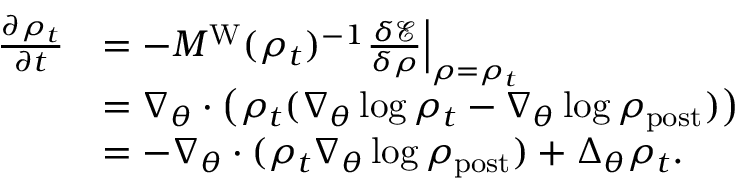
\begin{array} { r l } { \frac { \partial \rho _ { t } } { \partial t } } & { = - M ^ { \mathrm { W } } ( \rho _ { t } ) ^ { - 1 } \frac { \delta \mathcal { E } } { \delta \rho } \Bigr | _ { \rho = \rho _ { t } } } \\ & { = \nabla _ { \theta } \cdot \big ( \rho _ { t } ( \nabla _ { \theta } \log \rho _ { t } - \nabla _ { \theta } \log \rho _ { \mathrm { p o s t } } ) \big ) } \\ & { = - \nabla _ { \theta } \cdot ( \rho _ { t } \nabla _ { \theta } \log \rho _ { \mathrm { p o s t } } ) + \Delta _ { \theta } \rho _ { t } . } \end{array}